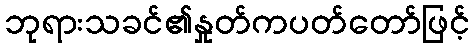
ဘုရားသခင်၏နှုတ်ကပတ်တော်ဖြင့်